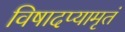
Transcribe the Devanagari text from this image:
विषादप्यामृतं